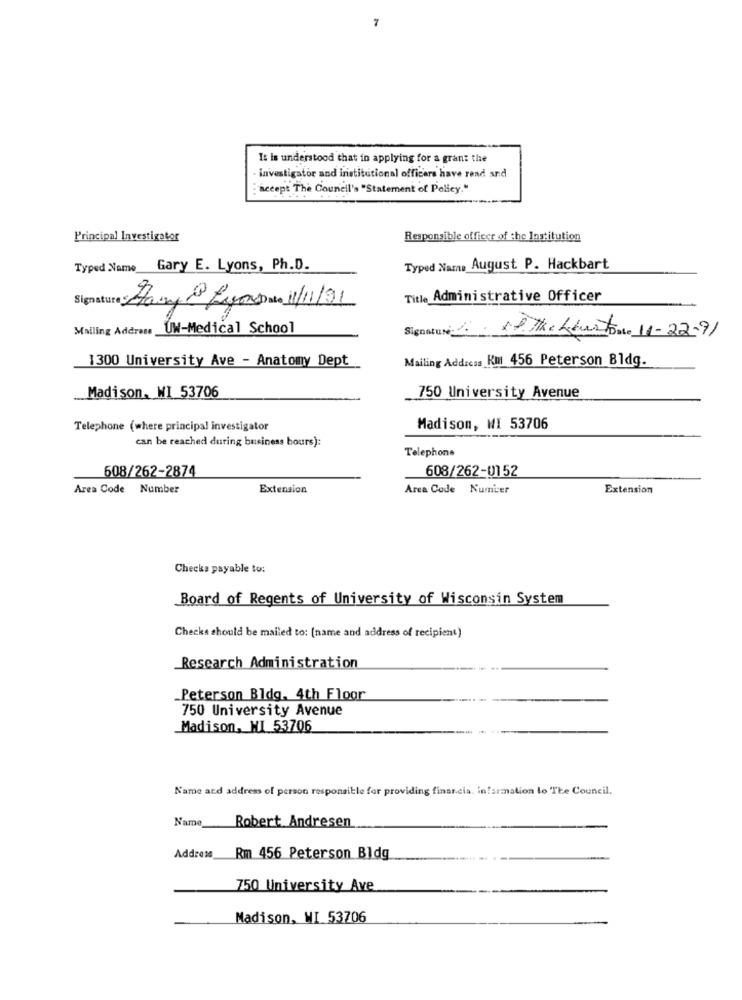
7
It is understood that in applying for a grant the
investigator and institutional officers have rend and
accept The Council's "Statement of Policy."
Principal Investigator
Responsible officer of the Institution
Typed Name Gary E. Lyons, Ph.D.
Typed Name August P. Hackbart
Title Administrative Officer
Havy Lyan 1/1/91
Mailing Address UW-Medical School
Signature -.
XP. the Law ton. 11-22-91
1300 University Ave - Anatomy Dept
Mailing Address Km 456 Peterson Bldg.
Madison, WI 53706
750 University Avenue
Telephone (where principal investigator
Madison, WI 53706
can be reached during business hours):
Telephone
608/262-2874
608/262-0152
Area Code Number
Extension
Area Code Number
Extension
Checks payable to:
Board of Regents of University of Wisconsin System
Checks should be mailed to: (name and address of recipient)
Research Administration
Peterson Bldg. 4th Floor
750 University Avenue
Madison, NI 53706
Name and address of person responsible for providing financia. information lo The Council.
Name
Robert Andresen
Address
Rm 456 Peterson Bldg
750 University Ave
Madison, WI 53706